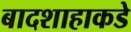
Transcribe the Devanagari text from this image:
बादशाहाकडे